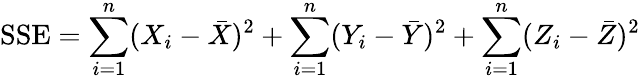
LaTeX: {\mathrm{SSE}}=\sum_{i=1}^{n}(X_{i}-{\bar{X}})^{2}+\sum_{i=1}^{n}(Y_{i}-{\bar{Y}})^{2}+\sum_{i=1}^{n}(Z_{i}-{\bar{Z}})^{2}